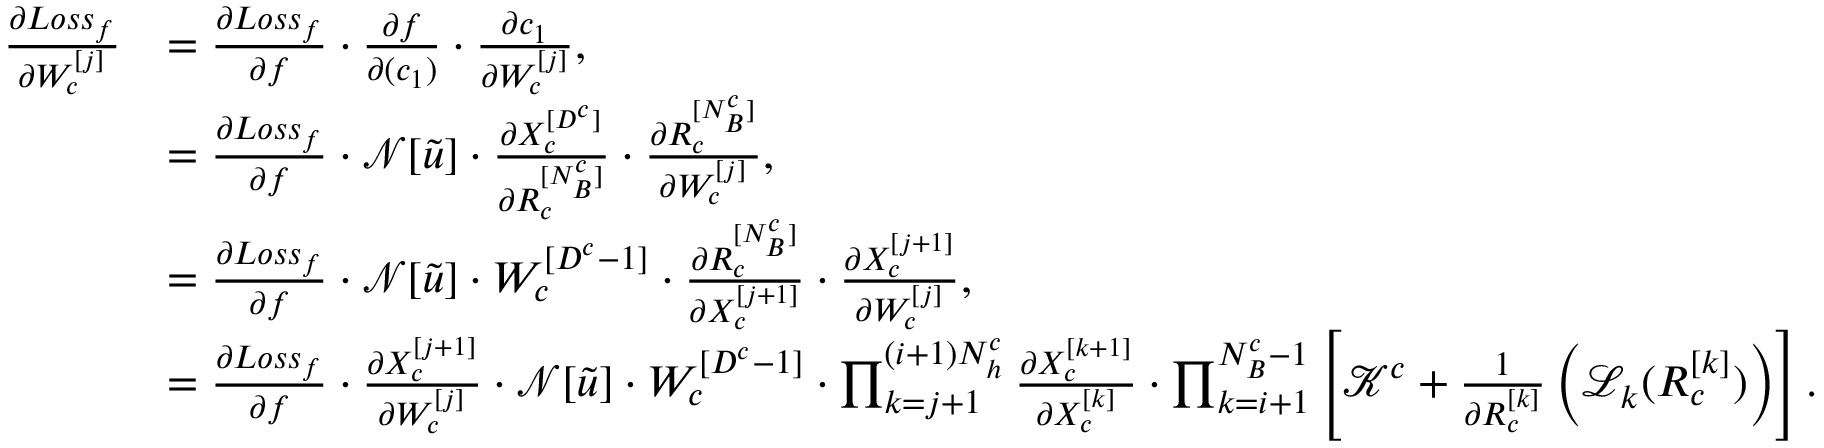
\begin{array} { r l } { \frac { \partial L o s s _ { f } } { \partial W _ { c } ^ { [ j ] } } } & { = \frac { \partial L o s s _ { f } } { \partial f } \cdot \frac { \partial f } { \partial ( c _ { 1 } ) } \cdot \frac { \partial c _ { 1 } } { \partial W _ { c } ^ { [ j ] } } , } \\ & { = \frac { \partial L o s s _ { f } } { \partial f } \cdot \mathcal { N } [ \tilde { u } ] \cdot \frac { \partial X _ { c } ^ { [ D ^ { c } ] } } { \partial R _ { c } ^ { [ N _ { B } ^ { c } ] } } \cdot \frac { \partial R _ { c } ^ { [ N _ { B } ^ { c } ] } } { \partial W _ { c } ^ { [ j ] } } , } \\ & { = \frac { \partial L o s s _ { f } } { \partial f } \cdot \mathcal { N } [ \tilde { u } ] \cdot W _ { c } ^ { [ D ^ { c } - 1 ] } \cdot \frac { \partial R _ { c } ^ { [ N _ { B } ^ { c } ] } } { \partial X _ { c } ^ { [ j + 1 ] } } \cdot \frac { \partial X _ { c } ^ { [ j + 1 ] } } { \partial W _ { c } ^ { [ j ] } } , } \\ & { = \frac { \partial L o s s _ { f } } { \partial f } \cdot \frac { \partial X _ { c } ^ { [ j + 1 ] } } { \partial W _ { c } ^ { [ j ] } } \cdot \mathcal { N } [ \tilde { u } ] \cdot W _ { c } ^ { [ D ^ { c } - 1 ] } \cdot \prod _ { k = j + 1 } ^ { ( i + 1 ) N _ { h } ^ { c } } \frac { \partial X _ { c } ^ { [ k + 1 ] } } { \partial X _ { c } ^ { [ k ] } } \cdot \prod _ { k = i + 1 } ^ { N _ { B } ^ { c } - 1 } \left[ \mathcal { K } ^ { c } + \frac { 1 } { \partial R _ { c } ^ { [ k ] } } \left( \mathcal { L } _ { k } ( R _ { c } ^ { [ k ] } ) \right) \right] . } \end{array}